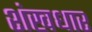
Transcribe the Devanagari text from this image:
शंखधार